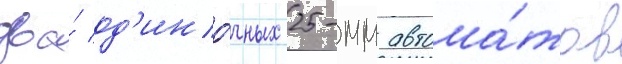
два́ од'ино́чных 25-мм автома́тов